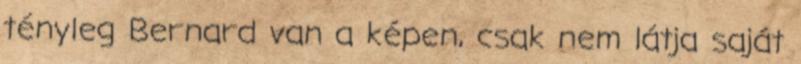
tényleg Bernard van a képen, csak nem látja saját